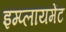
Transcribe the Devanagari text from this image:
इम्प्लायमेंट